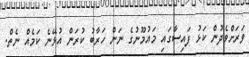
ވަރަށްވެދުން ކަޅު ފައިސާގައި މައުމޫނުގެ ނަން ހަރާބު ކުރަން އުޅޭނެ ކަމެއް ނެތް.